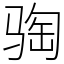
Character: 𫘦